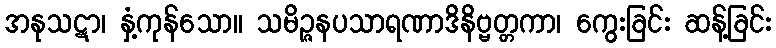
အနုသဋာ၊ နှံ့ကုန်သော။ သမိဉ္ဇနပသာရဏာဒိနိဗ္ဗတ္တကာ၊ ကွေးခြင်း ဆန့်ခြင်း